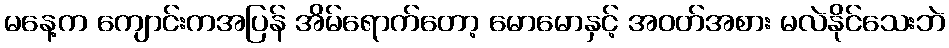
မနေ့က ကျောင်းကအပြန် အိမ်ရောက်တော့ မောမောနှင့် အဝတ်အစား မလဲနိုင်သေးဘဲ